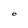
Character: O